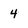
Character: 4